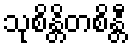
သုစိန္တိတစိန္တီ